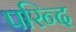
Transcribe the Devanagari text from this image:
परिन्द